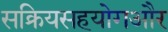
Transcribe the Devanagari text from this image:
सक्रियसहयोगऔर